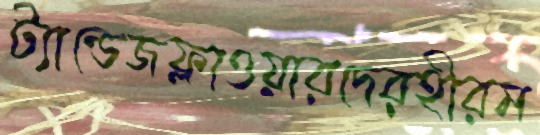
ট্যান্ডেজফ্লাওয়ারদেরহীরম